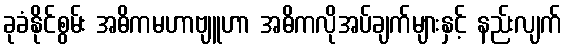
ခုခံနိုင်စွမ်း အဓိကမဟာဗျူဟာ အဓိကလိုအပ်ချက်များနှင့် နည်းလျက်